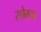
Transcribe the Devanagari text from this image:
सोग्दा